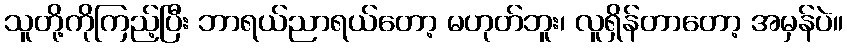
သူတို့ကိုကြည့်ပြီး ဘာရယ်ညာရယ်တော့ မဟုတ်ဘူး၊ လူရှိန်တာတော့ အမှန်ပဲ။